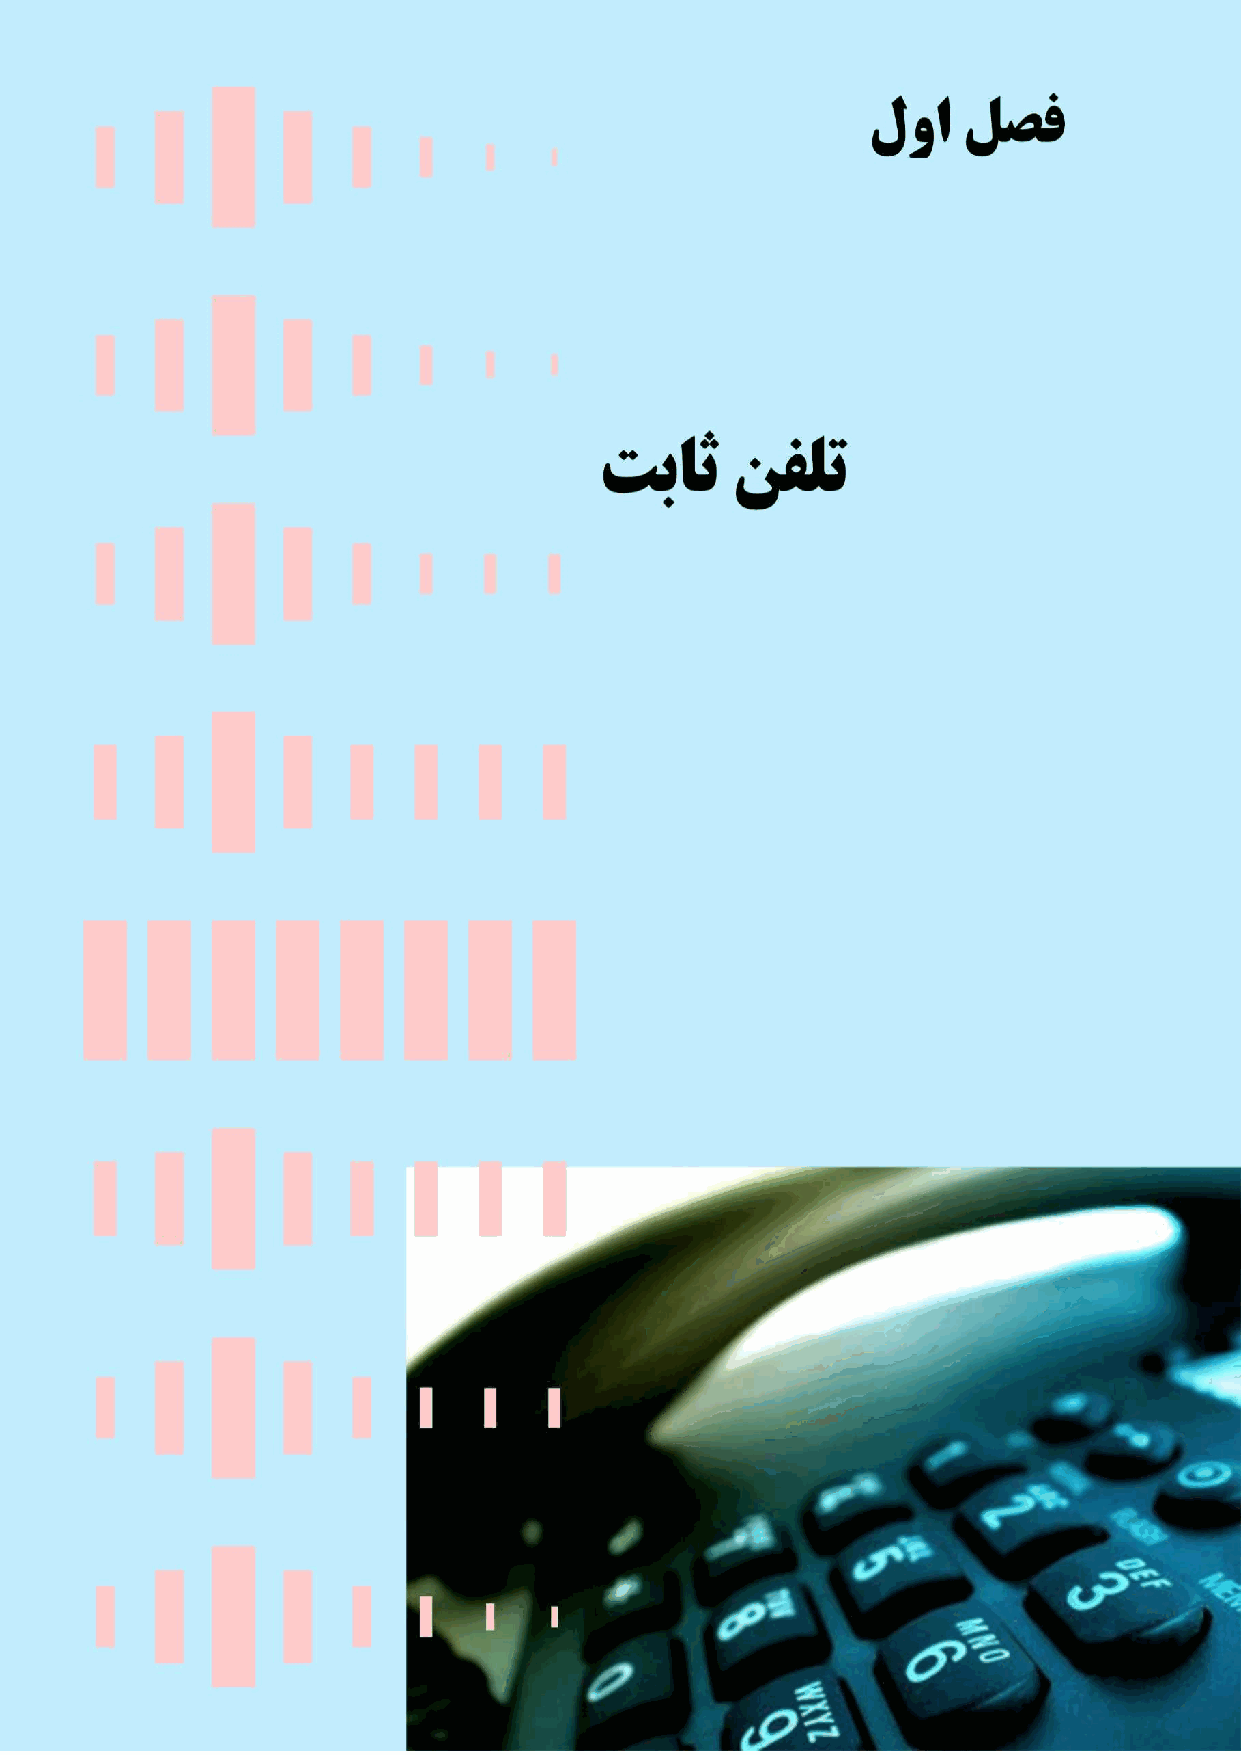
هارمه ﻦﻔﻠﺗ
 ٤
 ٩٩ (دنفسا) مراهچ هﻫام هس ، مشش و يس دلج ،يرامآ همان لصف / ييويدار تاطابتراو تاررقم مظنت نامزاس